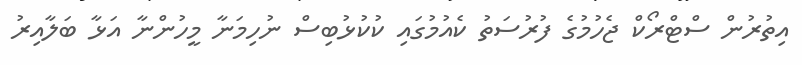
އިތުރުން ސްޓްރޯކް ޖެހުމުގެ ފުރުސަތު ކެއުމުގައި ކުކުޅުބިސް ނުހިމަނާ މީހުންނާ އަޅާ ބަލާއިރު